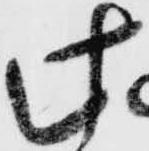
此